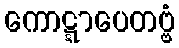
ကောဋ္ဋာပေတဗ္ဗံ